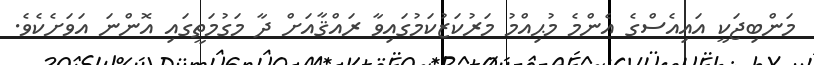
މަންބިޖަކީ އައިއެސްގެ އެންމެ މުޙިއްމު މަރުކަޒުކަމުގައިވާ ރައްޤާއަށް ދާ މަގުމަތީގައި އޮންނަ އަވަށެކެވެ.